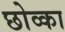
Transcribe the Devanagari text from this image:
छोव्का